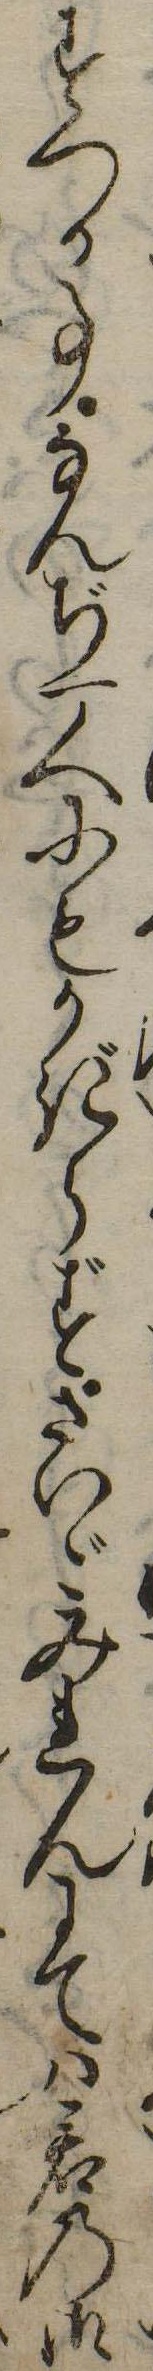
すつる事なんぢ一人にもかぎらずさいごみれんにては君の御